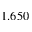
1 . 6 5 0